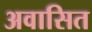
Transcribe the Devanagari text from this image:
अवासित